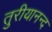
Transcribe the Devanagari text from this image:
तुरीयानन्द